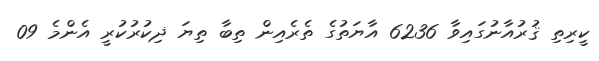
ކީރިތި ޤުރުއާނުގައިވާ 6236 އާޔަތުގެ ތެރެއިން ތިބާ ތިޔަ ޛިކުރުކުރީ އެންމެ 09